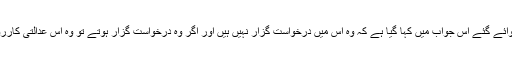
نامہ نگار شہزاد ملک کے مطابق سپریم کورٹ میں جمع کروائے گئے اس جواب میں کہا گیا ہے کہ وہ اس میں درخواست گزار نہیں ہیں اور اگر وہ درخواست گزار ہوتے تو وہ اس عدالتی کارروائی سے الگ ہونے کے بارے میں درخواست ضرور دیتے۔